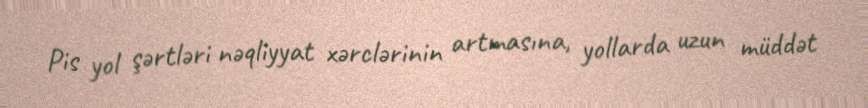
Pis yol şərtləri nəqliyyat xərclərinin artmasına, yollarda uzun müddət